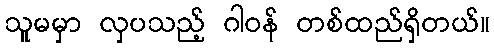
သူမမှာ လှပသည့် ဂါဝန် တစ်ထည်ရှိတယ်။